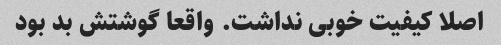
اصلا کیفیت خوبی نداشت. واقعا گوشتش بد بود